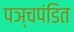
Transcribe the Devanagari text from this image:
पञ्चपंडित